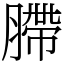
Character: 䐭